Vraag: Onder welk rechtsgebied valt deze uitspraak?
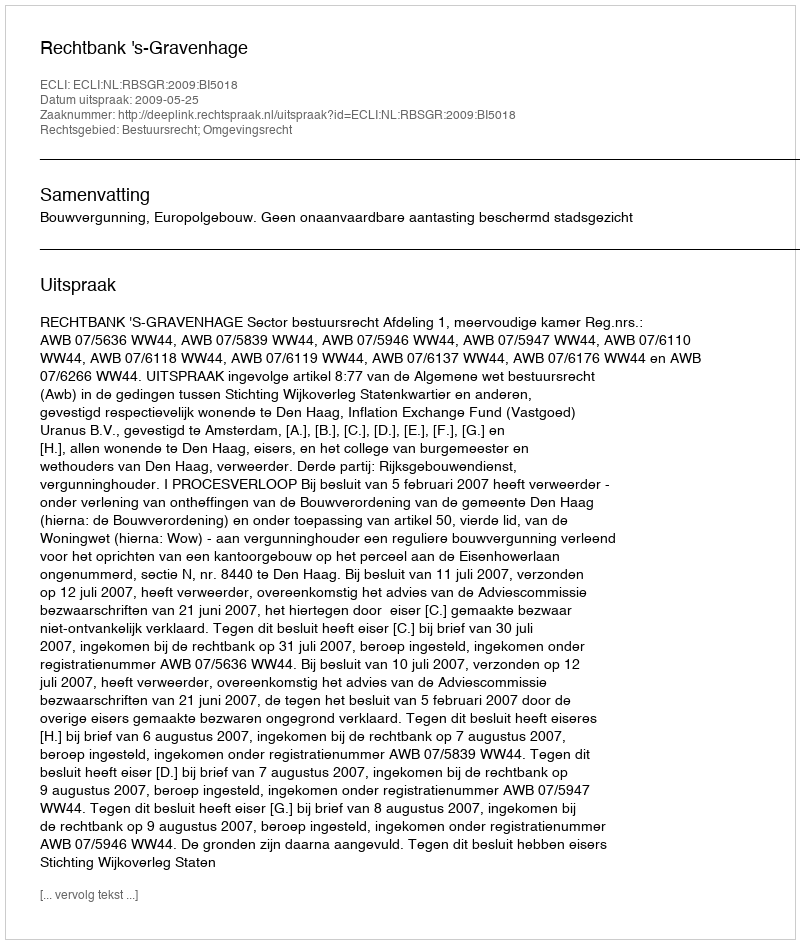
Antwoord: Bestuursrecht; Omgevingsrecht